Civil Veterinary Dept. Bombay admin report 1932-41 - 1932-1941
Year: 1932
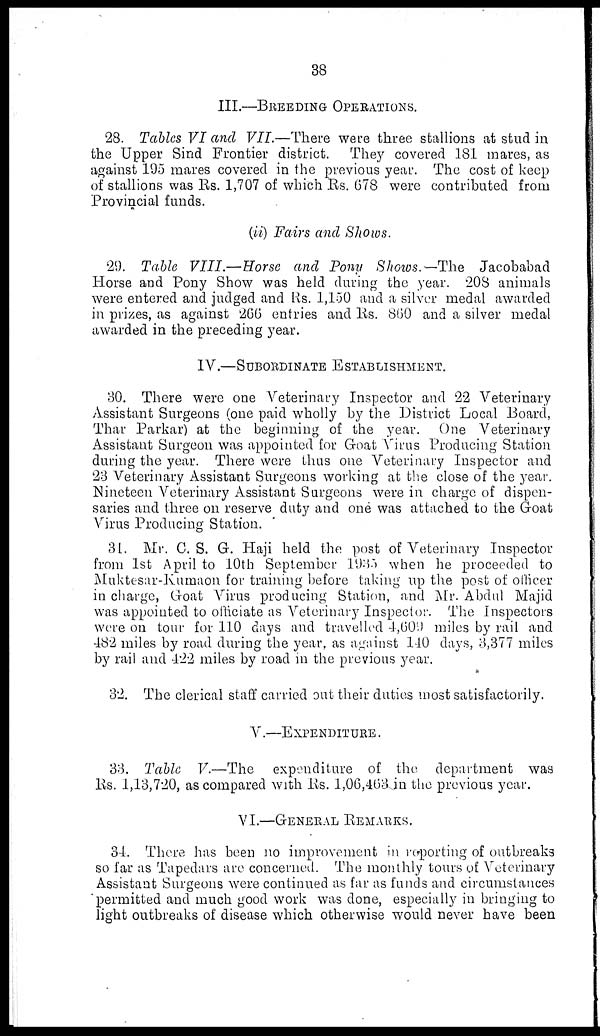
38
III.—BREEDING OPERATIONS.
28. Tables VI and VII.—There were three stallions at stud in
the Upper Sind Frontier district. They covered 181 mares, as
against 195 mares covered in the previous year. The cost of keep
of stallions was Rs. 1,707 of which Rs. 678 were contributed from
Provincial funds.
(ii) Fairs and Shows.
29. Table VIII.—Horse and Pony Shows.—The
Jacobabad
Horse and Pony Show was held during the year. 208 animals
were entered and judged and Rs. 1,150 and a silver medal awarded
in prizes, as against 266 entries and Rs. 860 and a silver medal
awarded in the preceding year.
IV.—SUBORDINATE ESTABLISHMENT.
30. There were one Veterinary Inspector and 22 Veterinary
Assistant Surgeons (one paid wholly by the District Local Board,
Thar Parkar) at the beginning of the year. One Veterinary
Assistant Surgeon was appointed for Goat Virus Producing Station
during the year. There were thus one Veterinary Inspector and
23 Veterinary Assistant Surgeons working at the close of the year.
Nineteen Veterinary Assistant Surgeons were in charge of dispen-
saries and three on reserve duty and one was attached to the Goat
Virus Producing Station.
31. Mr. C. S. G. Haji held the post of Veterinary Inspector
from 1st April to 10th September 1935 when he proceeded to
Muktesar-Kumaon for training before taking up the post of officer
in charge, Goat Virus producing Station, and Mr. Abdul Majid
was appointed to officiate as Veterinary Inspector. The Inspectors
were on tour for 110 days and travelled 4,609 miles by rail and
482 miles by road during the year, as against 140 days, 3,377 miles
by rail and 422 miles by road in the previous year.
32. The clerical staff carried out their duties most satisfactorily.
V.—EXPENDITURE.
33. Table V.—The expenditure of the department was
Rs. 1,13,720, as compared with Rs. l,06,463 in the previous year.
VI.—GENERAL REMARKS.
34. There has been no improvement in reporting of outbreaks
so far as Tapedars are concerned. The monthly tours of Veterinary
Assistant Surgeons were continued as far as funds and circumstances
permitted and much good work was done, especially in bringing to
light outbreaks of disease which otherwise would never have been